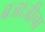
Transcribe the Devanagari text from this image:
बजाजीचा